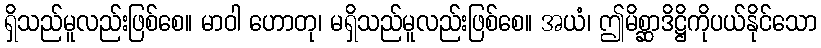
ရှိသည်မူလည်းဖြစ်စေ။ မာဝါ ဟောတု၊ မရှိသည်မူလည်းဖြစ်စေ။ အယံ၊ ဤမိစ္ဆာဒိဋ္ဌိကိုပယ်နိုင်သော